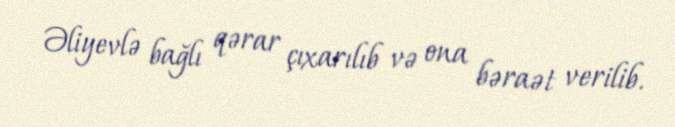
Əliyevlə bağlı qərar çıxarılıb və ona bəraət verilib.